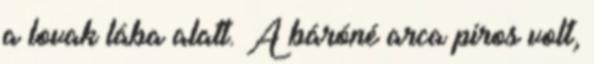
a lovak lába alatt. A báróné arca piros volt,